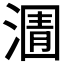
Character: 𭱿